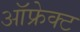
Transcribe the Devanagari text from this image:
ऑफ्रेक्ट